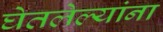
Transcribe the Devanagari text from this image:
घेतलेल्यांना